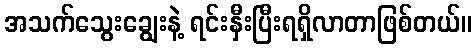
အသက်သွေးချွေးနဲ့ ရင်းနှီးပြီးရရှိလာတာဖြစ်တယ်။